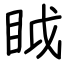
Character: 眓